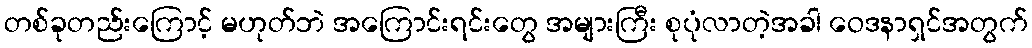
တစ်ခုတည်းကြောင့် မဟုတ်ဘဲ အကြောင်းရင်းတွေ အများကြီး စုပုံလာတဲ့အခါ ဝေဒနာရှင်အတွက်